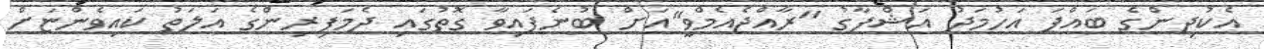
އެކުދިންގެ ބައްޕަ އަހުމަދު އަޝްފާގު "ރާއްޖެއެމްވީ"އަށް ބުނެފައިވާ ގޮތުގައި ދެމަފިރިންގެ އަލަތު ކައިވެންޏަށް